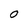
Character: O